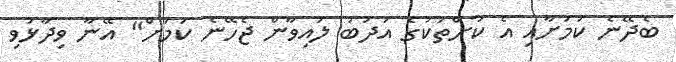
ބެދޭނެ ކަމަށާއި އެ ކުށްތަކުގެ އަދަބު ލުއިވާން ޖެހޭނެ ކަމަށް" އޭނާ ވިދާޅުވި